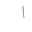
Letter: _alif